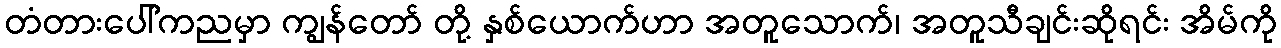
တံတားပေါ်ကညမှာ ကျွန်တော် တို့ နှစ်ယောက်ဟာ အတူသောက်၊ အတူသီချင်းဆိုရင်း အိမ်ကို